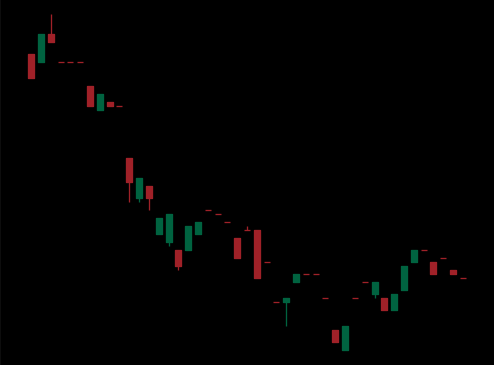
Pattern: bull_flag